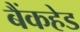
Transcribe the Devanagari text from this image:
बैंकहेड